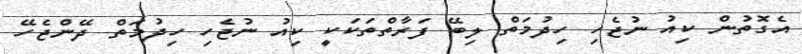
އެގޮތުން ކިއު ނުޖެހި ހިދުމަތް ލިބޭ ފަރާތްތަކަކީ ކިއު ނުޖެހި ހިދުމަތް ދޭންޖެހޭ